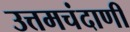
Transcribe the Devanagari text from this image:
उत्तमचंदाणी